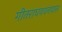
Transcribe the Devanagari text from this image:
गीतराघववनवास